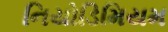
નિયોડિમિયમ